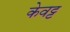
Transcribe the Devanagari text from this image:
केवट्ट